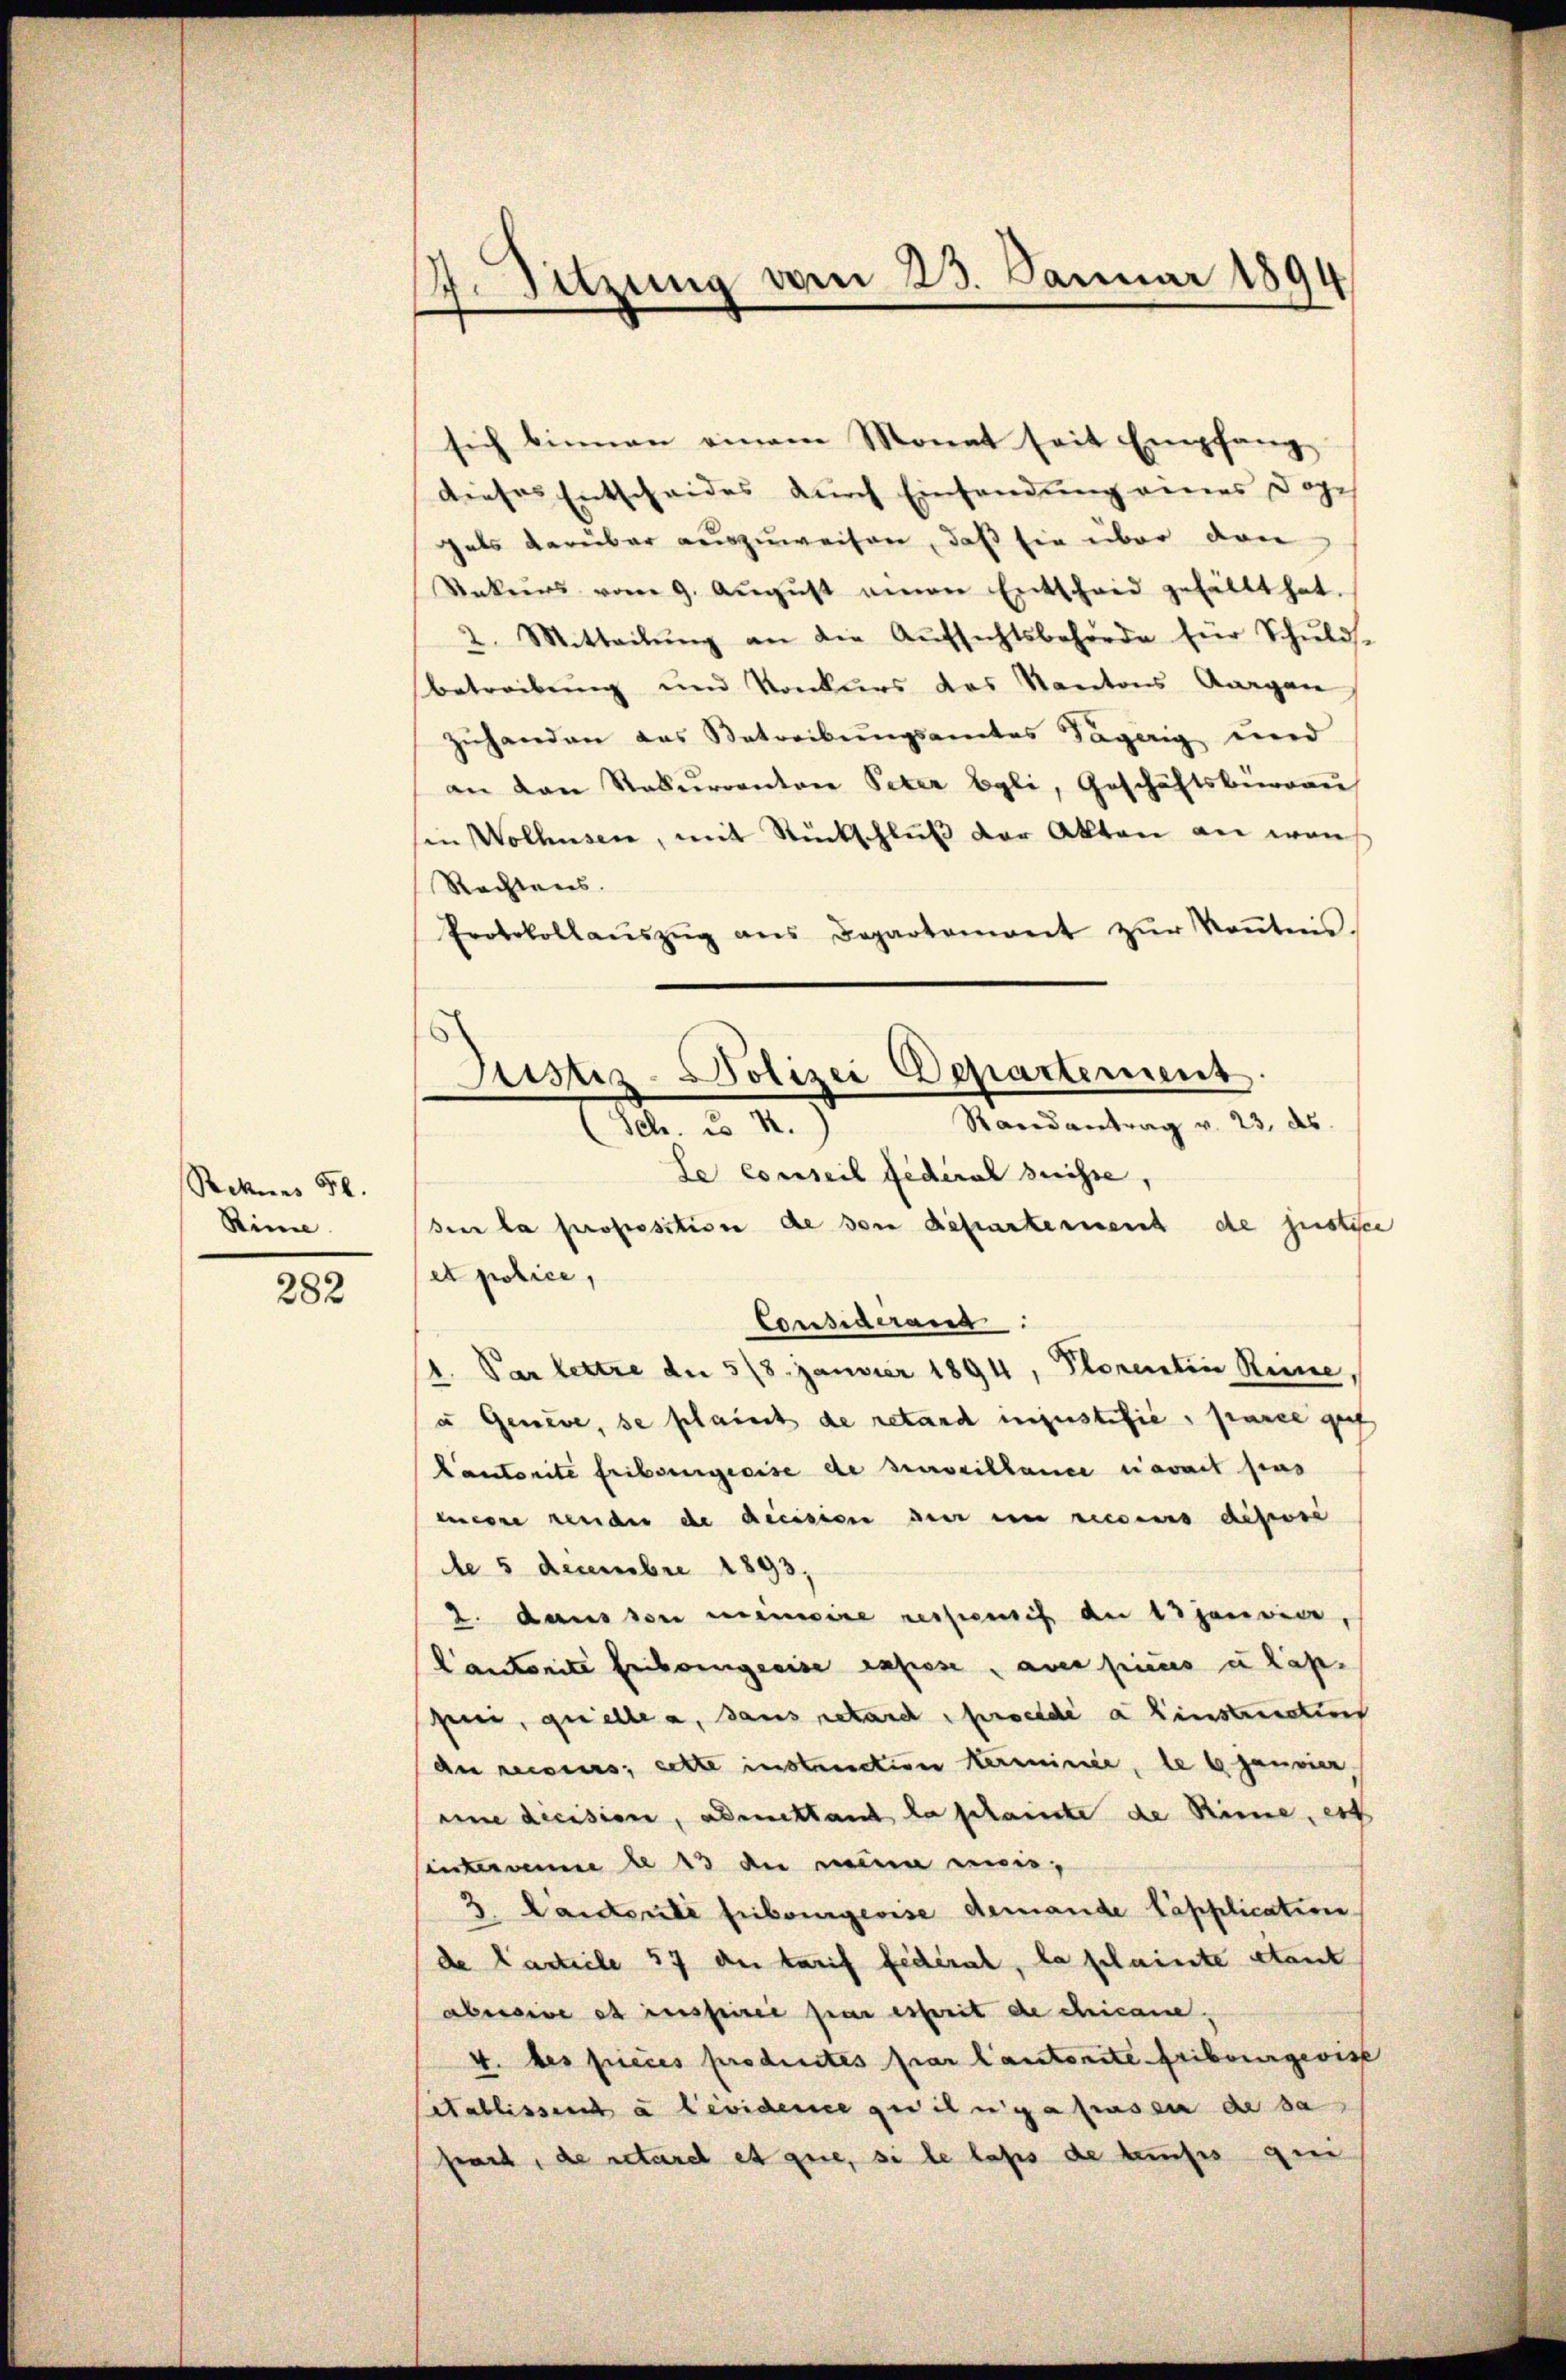
Rekens 50.
Rime.

282

4. Sitzung vom 23. Januar 1894

sich binnen einem Monat seit Empfang
dieses Entscheides durch Einfandung eines Doze
gals darüber auszuweisen, daß sie über den
Rekŭrs vom 9. Aŭgŭst einen Entschaid gefällt hat.
2. Mitteilŭng an die Aŭfsichtsbehörde für Schŭlds-
betreibung und Konkurs des Kantons Aargau
zuhanden das Betreibungsamtes Tagerig und
an den Rekurrenton Peter Egli, Geschäftsbürgau
sin Wolhusen, mit Rückschluß der Akten an was
Rechtens.
Protokollaŭszŭg ans Departement zŭr Keṅtnis.

Justiz-Polizei Departement.
Randantrag v. 23. ds.
Sch.  2.)

Le conseil federal suisse,
sen la proposition de von Departement de justice
et police,
Consideranz
1. Par lettre der 518. Janvier 1894, Plorentin Reine
u Geneve, se plauch de retand injustifie, sance gef
Cantorite Fribourgeeise de surveillance cavait fas
mere rende de diession der ein recours desse
de 5 Decembre 1893,
2. dans son minire respensis an 13 Janvier,
Cantorite Friboingreise expose, aver picus u Kap.
pii, quelle a, sans retard praedia Einstructus
du reises; cette instruction Herminie, le 6 Janvier
eine dicision, admettant la scheinte de Rime, ert
sintermanne le 13 an ein min¬
3. Landeute Fribourgeoise demande Papplication
de Carticle 57 der tarif fédéral, la plainte stant
abereine es inspirie par esserit de Chicane.
4. des pieces produites par lautorite Fribourgeoise
itablissent a levideme gedingefrasen de sa
prach, de retare et que, si le lass de muss ge